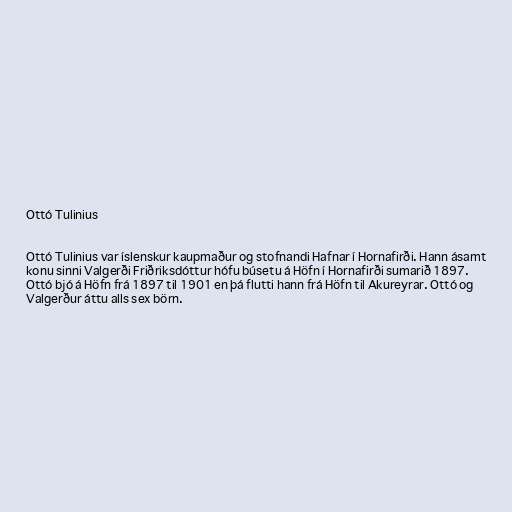
Ottó Tulinius

Ottó Tulinius var íslenskur kaupmaður og stofnandi Hafnar í Hornafirði. Hann ásamt
konu sinni Valgerði Friðriksdóttur hófu búsetu á Höfn í Hornafirði sumarið 1897.
Ottó bjó á Höfn frá 1897 til 1901 en þá flutti hann frá Höfn til Akureyrar. Ottó og
Valgerður áttu alls sex börn.